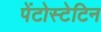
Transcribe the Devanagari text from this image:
पेंटोस्टेटिन